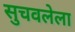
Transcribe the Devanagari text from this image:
सुचवलेला